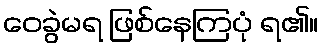
ဝေခွဲမရ ဖြစ်နေကြပုံ ရ၏။